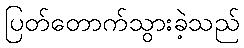
ပြတ်တောက်သွားခဲ့သည်